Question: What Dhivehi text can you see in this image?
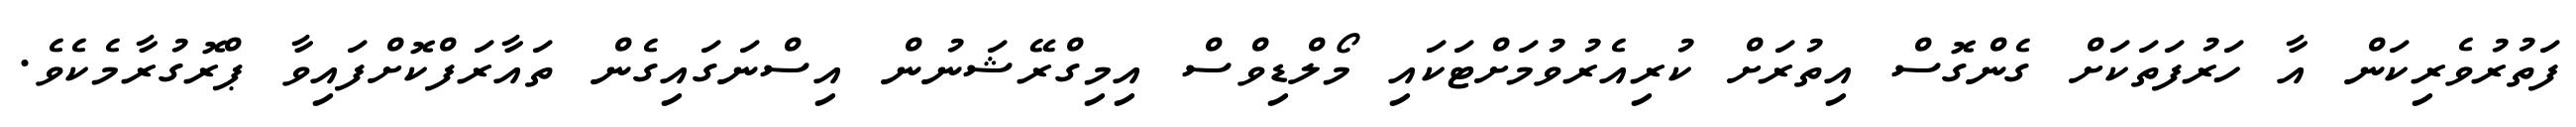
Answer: ފަތުރުވެރިކަން އާ ހަރުފަތަކަށް ގެންގޮސް އިތުރަށް ކުރިއެރުވުމަށްޓަކައި މޯލްޑިވްސް އިމިގްރޭޝަނުން އިސްނަގައިގެން ތައާރަފްކޮށްފައިވާ ޕްރޮގުރާމެކެވެ.